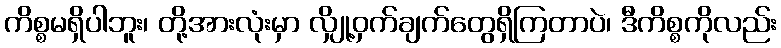
ကိစ္စမရှိပါဘူး၊ တို့အားလုံးမှာ လျှို့ဝှက်ချက်တွေရှိကြတာပဲ၊ ဒီကိစ္စကိုလည်း